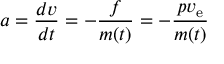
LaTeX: ~ a = { \frac { d v } { d t } } = - { \frac { f } { m ( t ) } } = - { \frac { p v _ { \mathrm { e } } } { m ( t ) } }